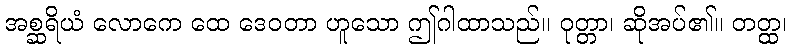
အစ္ဆရိယံ လောကေ ထေ ဒေဝတာ ဟူသော ဤဂါထာသည်။ ဝုတ္တာ၊ ဆိုအပ်၏။ တတ္ထ၊